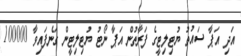
އަދި އަޕާ ސައުތު ޔުޓިލިޓީގެ ފަރާތުން އަޕާ ނޯޓު ޔުޓިލިޓީން ގަނެފައިވާ 100000